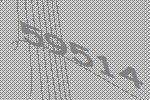
59514